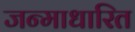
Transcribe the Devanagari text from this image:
जन्‍माधारित